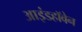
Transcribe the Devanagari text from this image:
आइंडहॉवेन